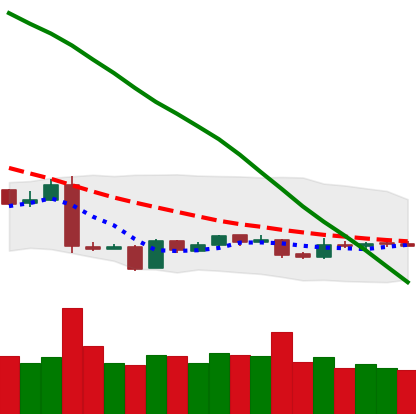
Ticker: EOS-USD
Chart end date: 2019-01-26
Forward return: -4.733%
Label: down_3_5